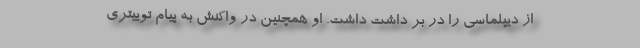
از دیپلماسی را در بر داشت داشت. او همچنین در واکنش به پیام توییتری